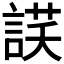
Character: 𧨶